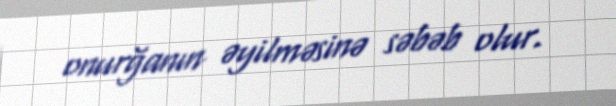
onurğanın əyilməsinə səbəb olur.